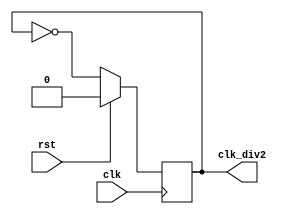
module clk_div2 (
    input   wire    clk,
    input   wire    rst,
    output  reg     clk_div2
);

always @(posedge clk)
begin
    clk_div2 <= rst ? 1'd0 : ~clk_div2;
end

endmodule